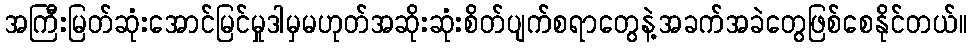
အကြီးမြတ်ဆုံးအောင်မြင်မှုဒါမှမဟုတ်အဆိုးဆုံးစိတ်ပျက်စရာတွေနဲ့အခက်အခဲတွေဖြစ်စေနိုင်တယ်။